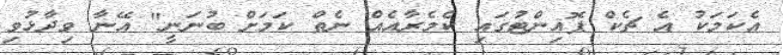
އެކަމަކު އެ ޗެކް ޕޮއިންޓުގައި ކެމެރާއެއް ނެތް ކަމަށް ބުނަނީ" އޭނާ ވިދާޅުވި